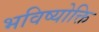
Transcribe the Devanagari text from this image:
भविष्योक्ति